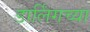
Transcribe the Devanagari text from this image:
डार्लिंगच्या